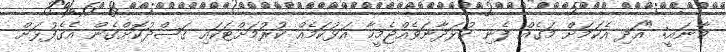
މާނައީ: "އަދި އެކަމަށް މަގެއް ފެނި ކުޅަދާނަވެއްޖެމީހާ އަޅުކަމެއް ކުރުމަށްޓަކައި ޤަޞްދުކޮށްގެން އެގެފުޅަށް